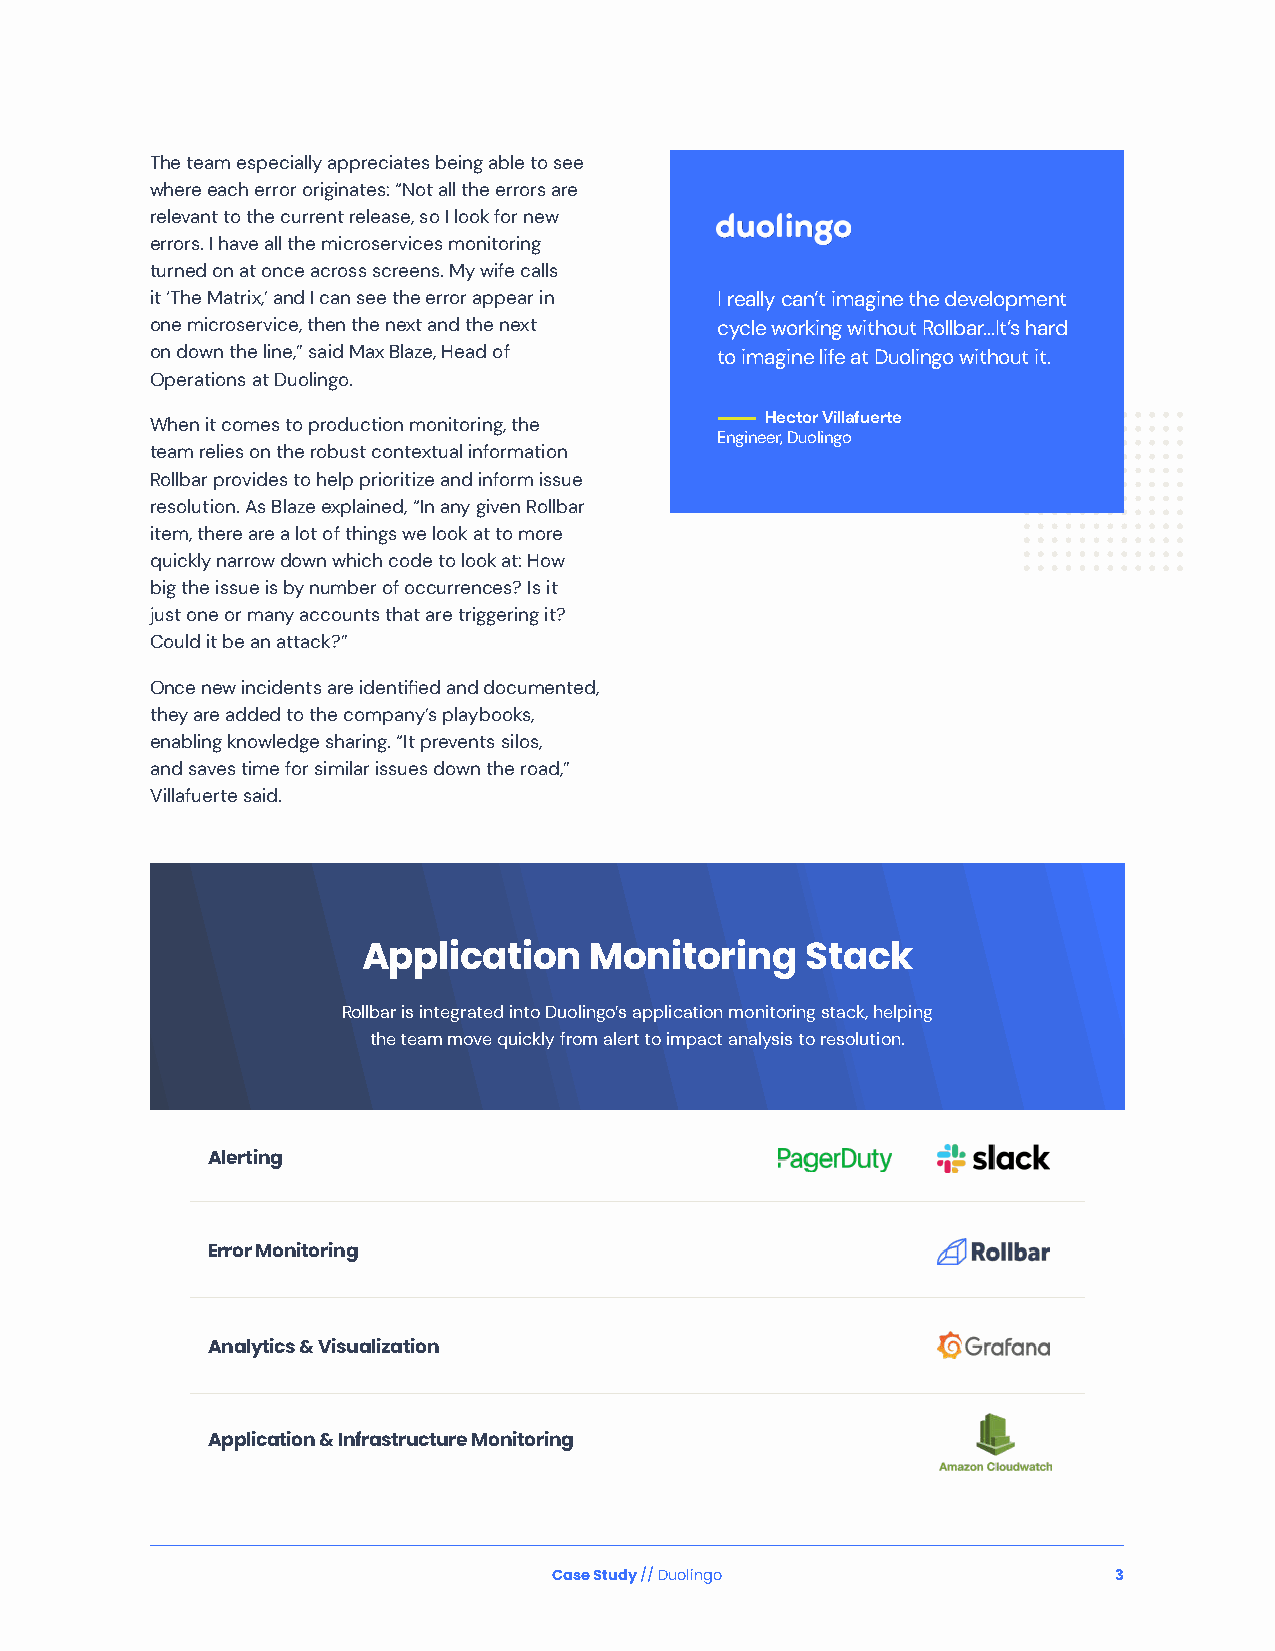
The team especially appreciates being able to see
 where each error originates: “Not all the errors are
 relevant to the current release, so I look for new
 errors. I have all the microservices monitoring
 turned on at once across screens. My wife calls
 it ‘The Matrix,’ and I can see the error appear in I really can’t imagine the development
 one microservice, then the next and the next cycle working without Rollbar...It’s hard
 on down the line,” said Max Blaze, Head of to imagine life at Duolingo without it.
 Operations at Duolingo.
 —————— Hector Villafuerte
 When it comes to production monitoring, the
 Engineer, Duolingo
 team relies on the robust contextual information
 Rollbar provides to help prioritize and inform issue
 resolution. As Blaze explained, “In any given Rollbar
 item, there are a lot of things we look at to more
 quickly narrow down which code to look at: How
 big the issue is by number of occurrences? Is it
 just one or many accounts that are triggering it?
 Could it be an attack?”
 Once new incidents are identified and documented,
 they are added to the company’s playbooks,
 enabling knowledge sharing. “It prevents silos,
 and saves time for similar issues down the road,”
 Villafuerte said.
 Application    Monitoring    Stack
 Rollbar is integrated into Duolingo’s application monitoring stack, helping
 the team move quickly from alert to impact analysis to resolution.
 Alerting
 Error Monitoring
 Analytics & Visualization
 Application & Infrastructure Monitoring
 Case Study // Duolingo               3